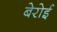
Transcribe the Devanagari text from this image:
बेरोई